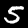
Label: 5